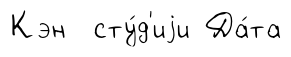
Кэн сту́д'иjи Да́та